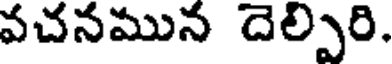
వచనమున దెల్పరి.